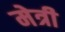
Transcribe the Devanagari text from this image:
मेत्री